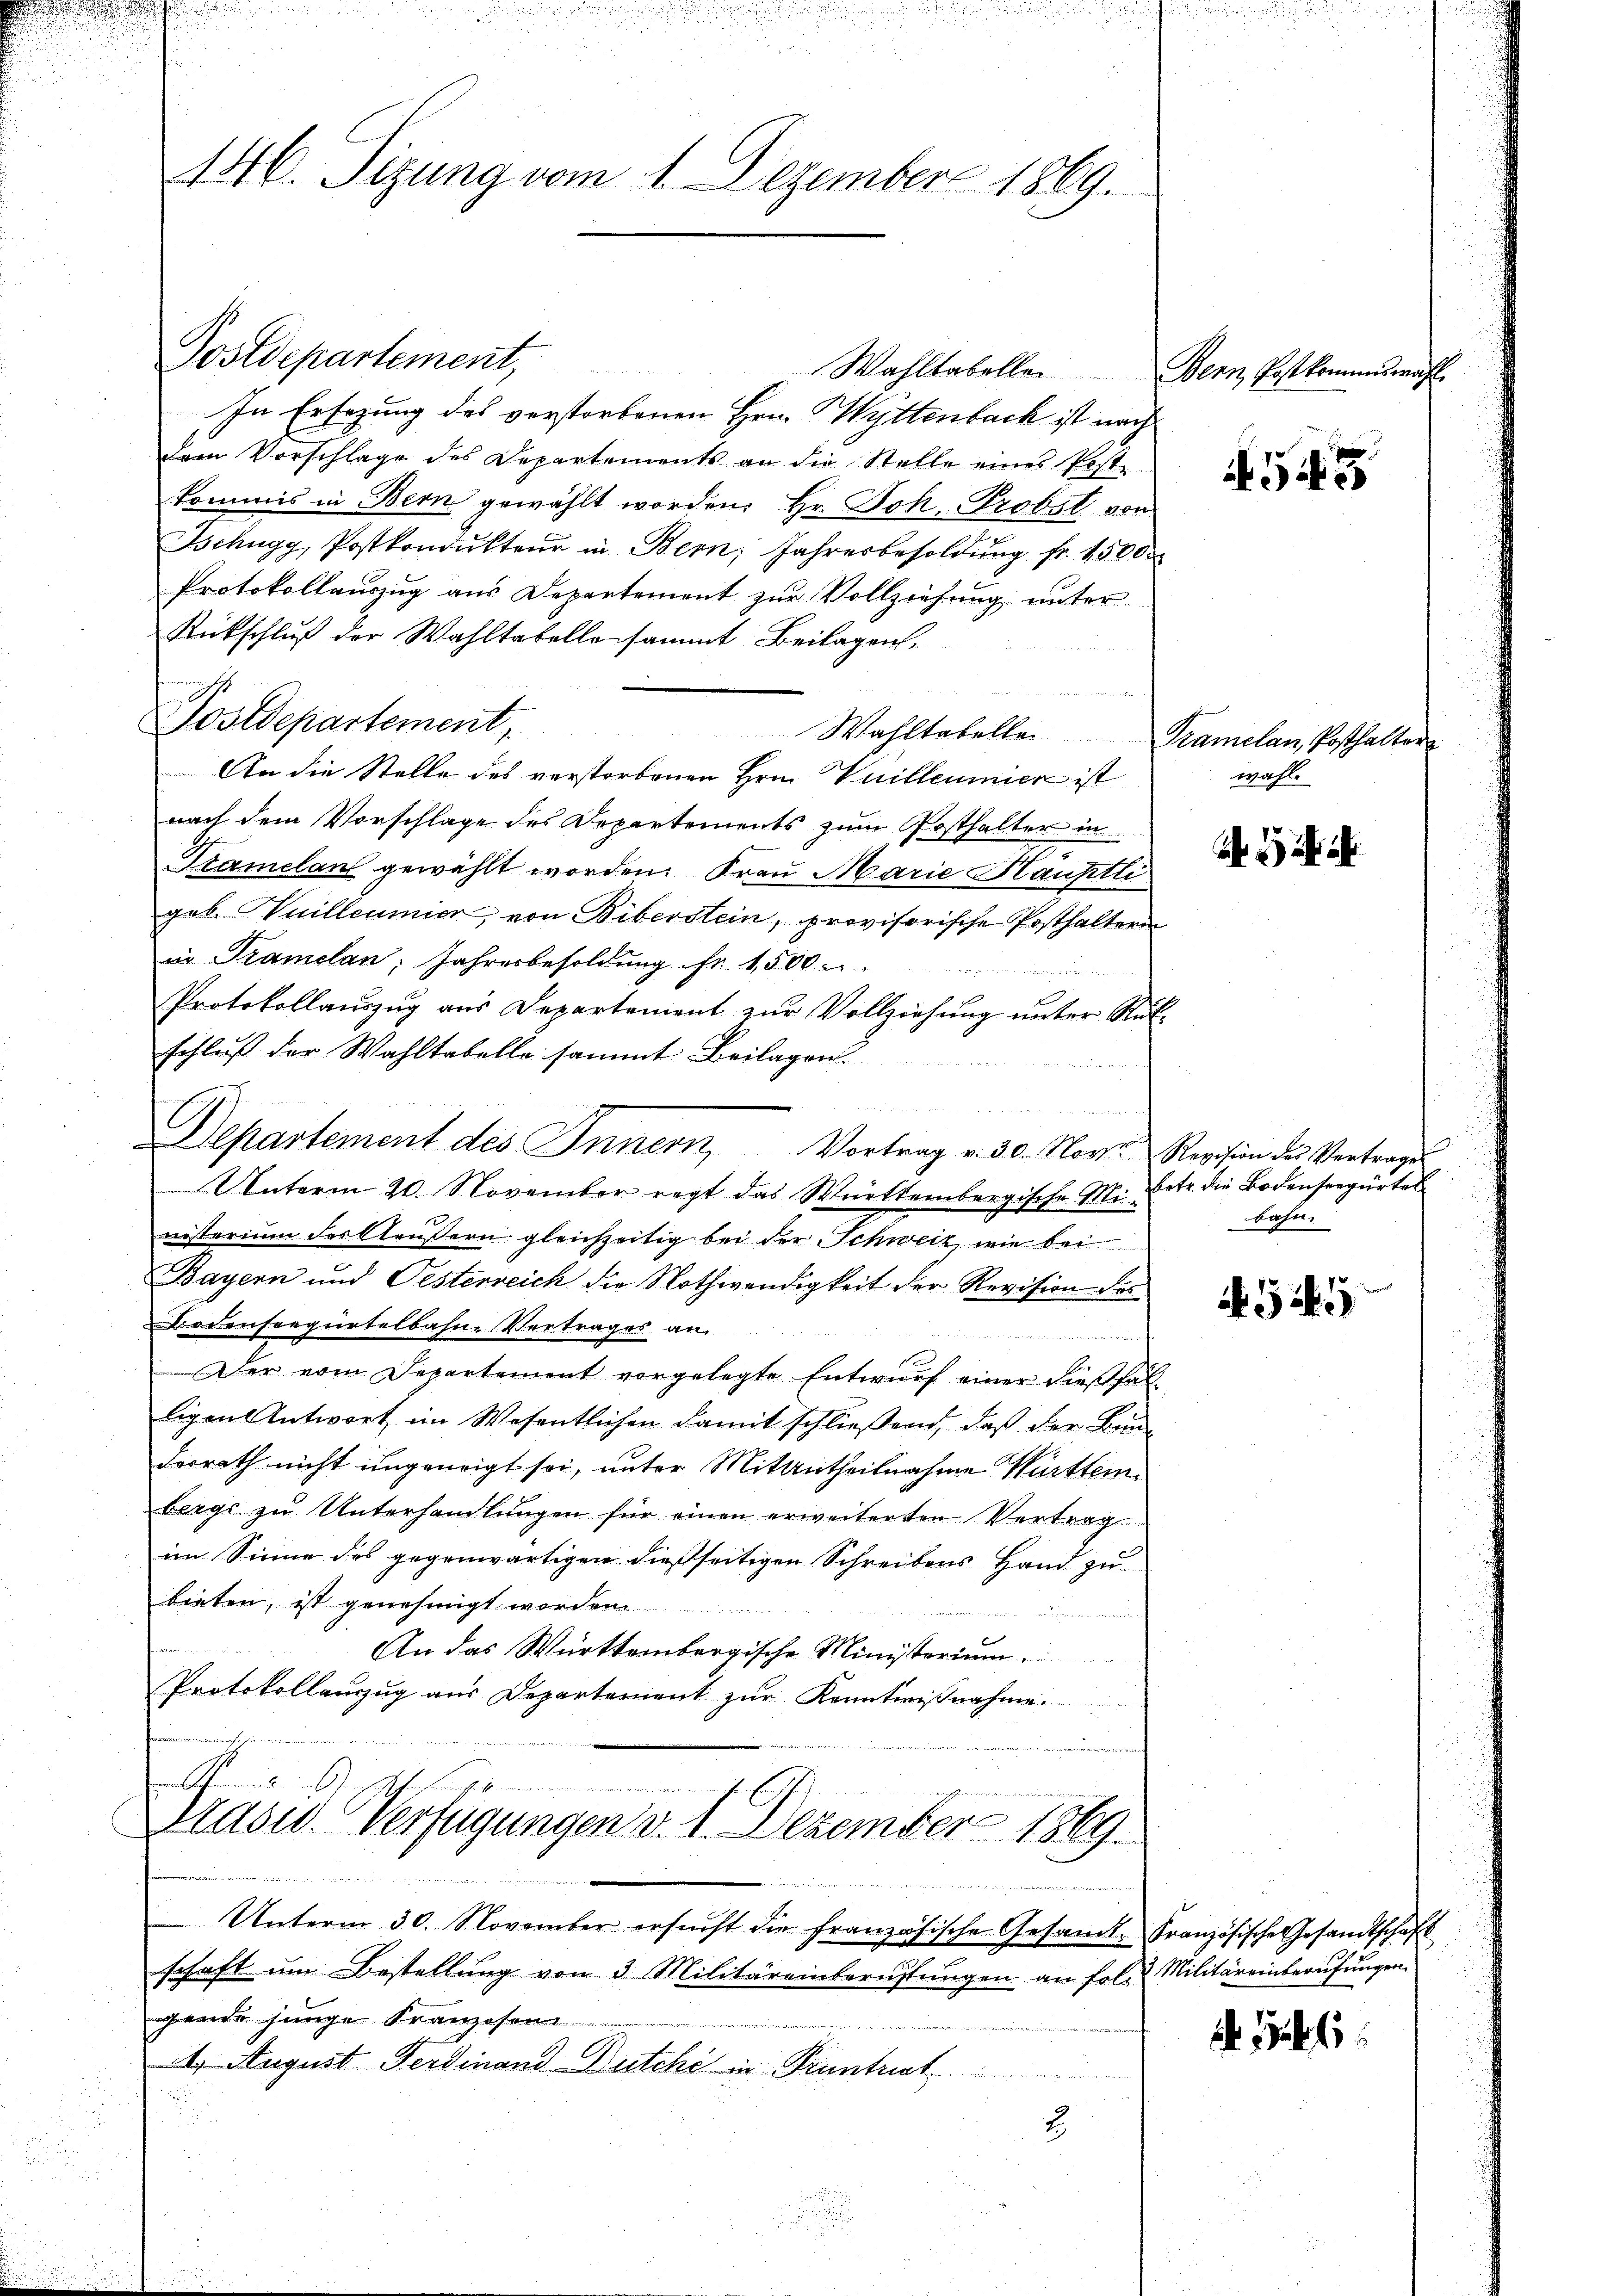
Postdepartement,
Wahltabellen Bern Postkommiswahl
In Ersezung des verstorbenen Hrn. Hyttenbach ist nach
dem Vorschlage des Departements an die Stelle eines Poste
kommis in Bern gewählt worden. Hr. Joh. Probst von
Ichugg, Postkondŭkteŭr in Bern, Jahresbesoldŭng fr. 1500
Protokollauszug aus Departement zur Vollziehung unter
Rückschluß der Wahltabello sammt Beilagen,
Postdepartement,
Wahltabelle Tramelan, Posthalter
An die Stelle des verstorbenen Hrn. Veilleumier ist
nach dem Vorschlage des Departements zum Posthalter in
Tramelan gewählt worden. Frau Marie Haustli
geb. Vuilleumier, von Biberstein, provisorische Posthalterin
in Tramelan; Jahresbesoldung fr. 1,500
e
Protokollauszug aus Departement zur Vollziehung unter Rükschluß der Wahltabelle sammt Beilagen.
 41222

 Bind es wie statte und in
Departement des Innern, Vortrag v. 30. Nove Revision des Vertrages
Unterm 20. November regt das Württembergische Ministerium des Aeußern gleichzeitig bei der Schweiz, wie bei
Bayern und Oesterreich die Nothwendigkeit der Revision des
Bodensregiertelbahn-Vertrages an
utenden wi
Der vom Separtement vorgelegte Entwurf einer dießfäll
ligen Antwort im Wesentlichen damit schließend, daß der Bunderrath nicht ungeneigt sei, unter Mitantheilnahme Württembergs zu Unterhandlungen für einen erweiterten Vertrag
im Sinne des gegenwärtigen dießseitigen Schreibens Hand zu
bieten, ist genehmigt worde
An das Württembergische Ministerium.
Protokollauszug aus Departement zur Kenntnißnahme.
A
anien in der Stel
Prasw. Verfügungen d. 1. Dezember 1869.
nde

Unterm 30. November ersŭcht die französische Gesamt-Französische Gesandtschaft
schaft um Bestellung von 3 Militäreinberustungen an fol. Militäreinberufungen
gende junge Kranzosen-
4. August Ferdinand Dutchi in Frantrat
E
u
2.
.
.
u

u

146. Sizung vom 1. Dezember 1869.

A. G. 3

wahl.

betr. die Bodenseegürtel
bahn.

454